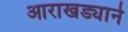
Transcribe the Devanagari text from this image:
आराखड्याने